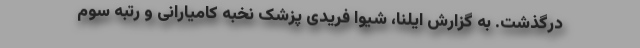
درگذشت. به گزارش ایلنا، شیوا فریدی پزشک نخبه کامیارانی و رتبه سوم